Vaccine operations Central Provinces 1868-1885 - 1868-1885
Year: 1868
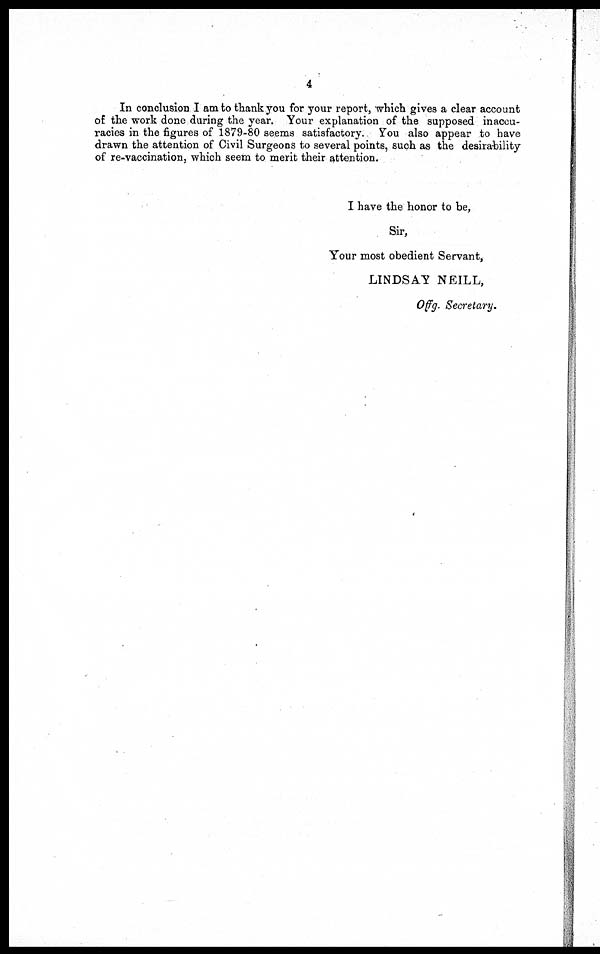
4
In conclusion I am to thank you for your report, which gives a clear account
of the work done during the year. Your explanation of the supposed inaccu-
racies in the figures of 1879-80 seems satisfactory. You also appear to have
drawn the attention of Civil Surgeons to several points, such as the desirability
of re-vaccination, which seem to merit their attention.
I have the honor to be,
Sir,
Your most obedient Servant,
LINDSAY NEILL,
Offg. Secretary.